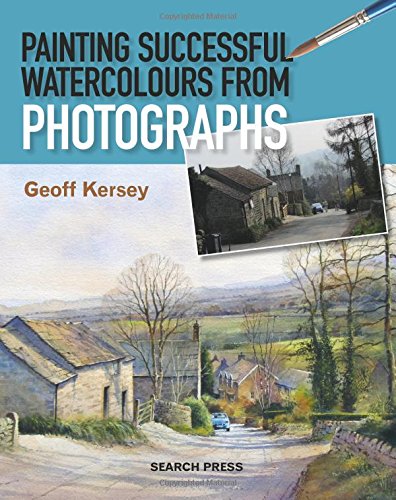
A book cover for Painting Successful Watercolours from Photographs; Geoff Kersey; Arts & Photography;